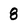
Character: 8